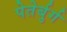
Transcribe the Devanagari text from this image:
पेतेर्बुर्ग